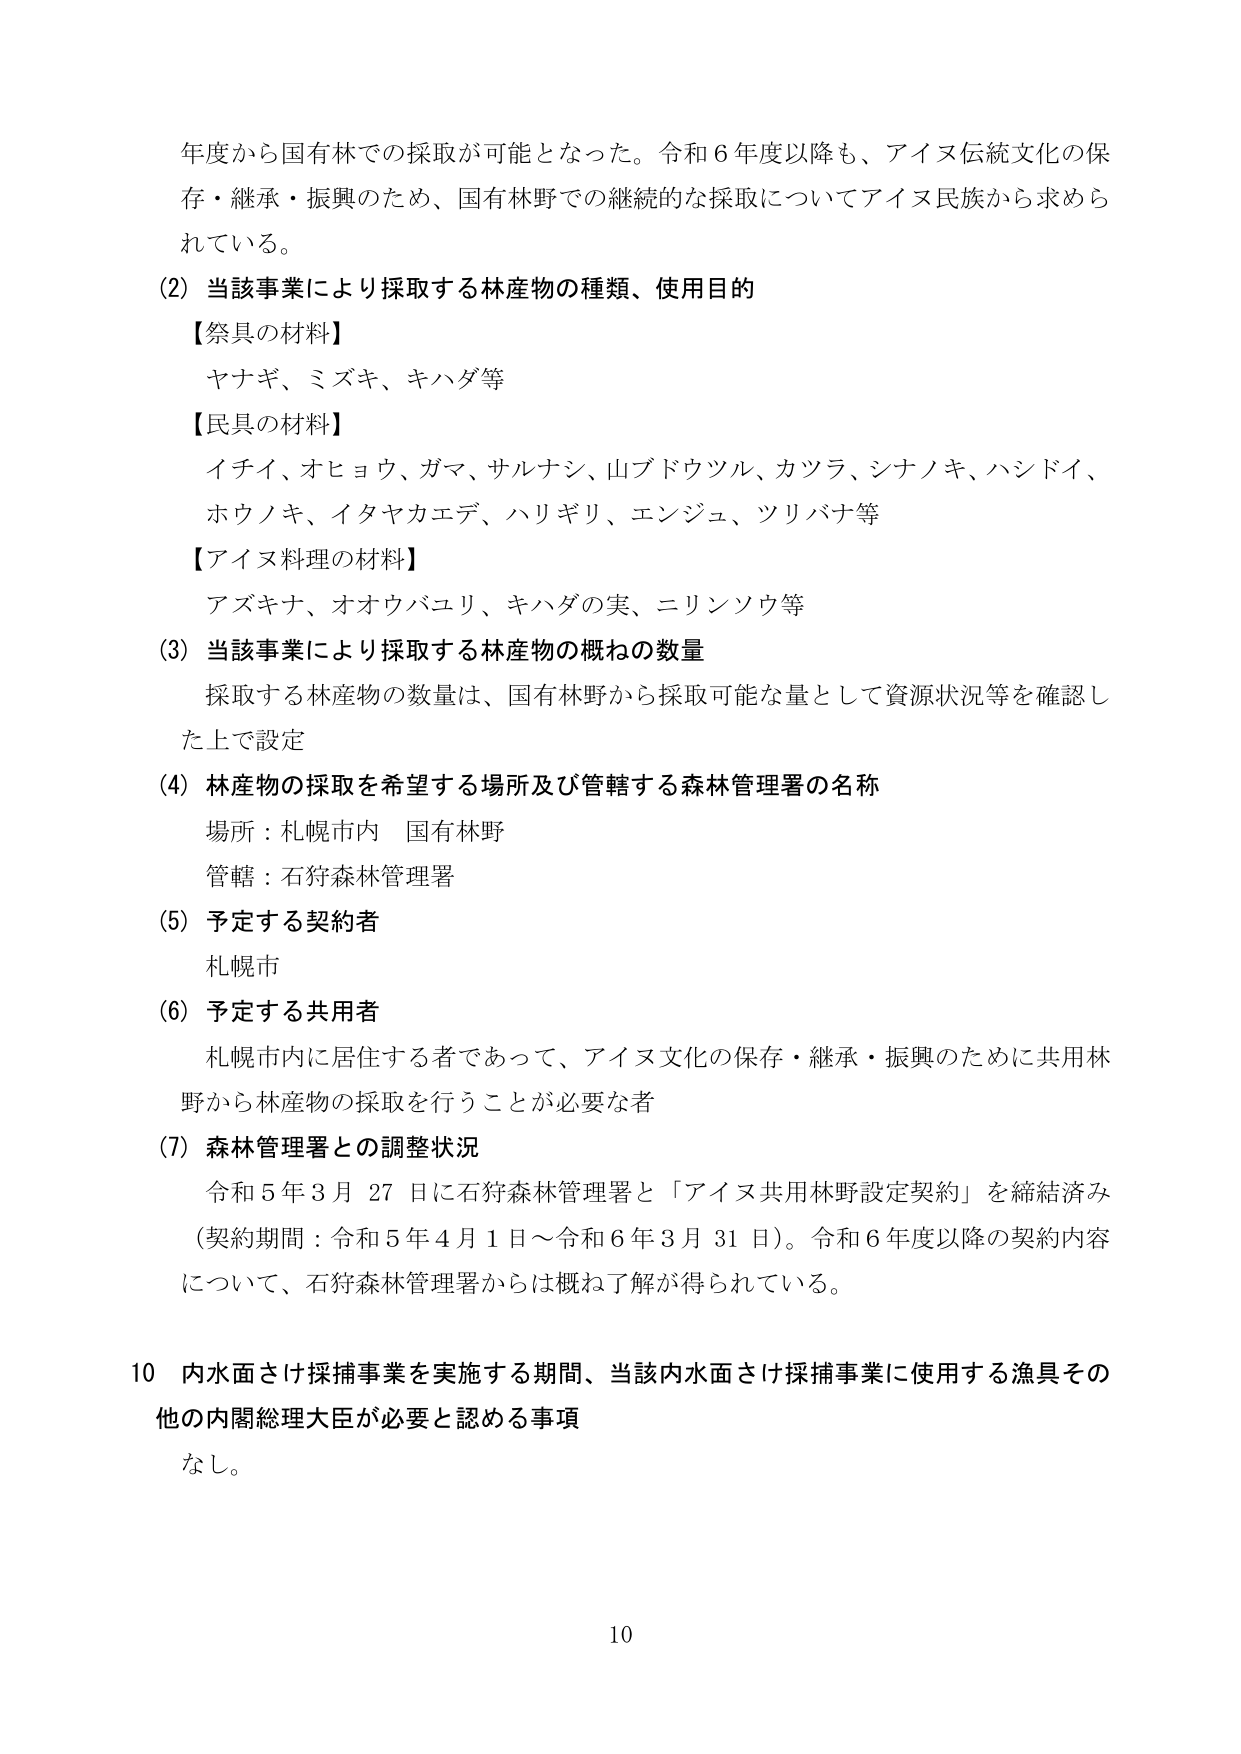
年度から国有林での採取が可能となった。令和６年度以降も、アイヌ伝統文化の保存・継承・振興のため、国有林野での継続的な採取についてアイヌ民族から求められている。

(2) 当該事業により採取する林産物の種類、使用目的

【祭具の材料】
ヤナギ、ミズキ、キハダ等

【民具の材料】
イチイ、オヒョウ、ガマ、サルナシ、山ブドウツル、カツラ、シナノキ、ハシドイ、ホウノキ、イタヤカエデ、ハリギリ、エンジュ、ツリバナ等

【アイヌ料理の材料】
アズキナ、オオウバユリ、キハダの実、ニリンソウ等

(3) 当該事業により採取する林産物の概ねの数量
採取する林産物の数量は、国有林野から採取可能な量として資源状況等を確認した上で設定

(4) 林産物の採取を希望する場所及び管轄する森林管理署の名称
場所：札幌市内 国有林野
管轄：石狩森林管理署

(5) 予定する契約者
札幌市

(6) 予定する共用者
札幌市内に居住する者であって、アイヌ文化の保存・継承・振興のために共用林野から林産物の採取を行うことが必要な者

(7) 森林管理署との調整状況
令和５年３月27日に石狩森林管理署と「アイヌ共用林野設定契約」を締結済み（契約期間：令和５年４月１日～令和６年３月31日）。令和６年度以降の契約内容について、石狩森林管理署からは概ね了解が得られている。

10 内水面さけ採捕事業を実施する期間、当該内水面さけ採捕事業に使用する漁具その他の内閣総理大臣が必要と認める事項
なし。

10